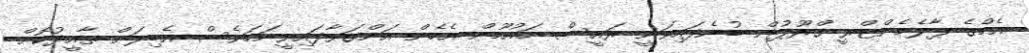
އެމްގެ ޕާލެމެންޓްރީ ގްރޫޕުން ބުނެފައިވަނީ ރައީސް މައުމޫން އެހެން އަންގަވާފައިވީނަމަވެސް އެބިލަށް ތާއީދުކޮށް